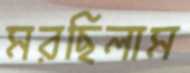
মরছিলাম